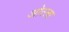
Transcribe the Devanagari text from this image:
ओस्ला